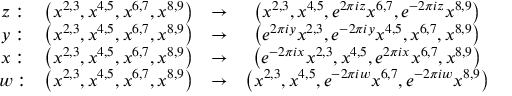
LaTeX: \begin{array} { c c c c } { { z : } } & { { \left( x ^ { 2 , 3 } , x ^ { 4 , 5 } , x ^ { 6 , 7 } , x ^ { 8 , 9 } \right) } } & { { \to } } & { { \left( x ^ { 2 , 3 } , x ^ { 4 , 5 } , e ^ { 2 \pi i z } x ^ { 6 , 7 } , e ^ { - 2 \pi i z } x ^ { 8 , 9 } \right) } } \\ { { y : } } & { { \left( x ^ { 2 , 3 } , x ^ { 4 , 5 } , x ^ { 6 , 7 } , x ^ { 8 , 9 } \right) } } & { { \to } } & { { \left( e ^ { 2 \pi i y } x ^ { 2 , 3 } , e ^ { - 2 \pi i y } x ^ { 4 , 5 } , x ^ { 6 , 7 } , x ^ { 8 , 9 } \right) } } \\ { { x : } } & { { \left( x ^ { 2 , 3 } , x ^ { 4 , 5 } , x ^ { 6 , 7 } , x ^ { 8 , 9 } \right) } } & { { \to } } & { { \left( e ^ { - 2 \pi i x } x ^ { 2 , 3 } , x ^ { 4 , 5 } , e ^ { 2 \pi i x } x ^ { 6 , 7 } , x ^ { 8 , 9 } \right) } } \\ { { w : } } & { { \left( x ^ { 2 , 3 } , x ^ { 4 , 5 } , x ^ { 6 , 7 } , x ^ { 8 , 9 } \right) } } & { { \to } } & { { \left( x ^ { 2 , 3 } , x ^ { 4 , 5 } , e ^ { - 2 \pi i w } x ^ { 6 , 7 } , e ^ { - 2 \pi i w } x ^ { 8 , 9 } \right) } } \end{array}